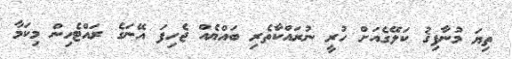
ތިޔަ މުނާފިޤު ކަލޭގެއަށް ހުރީ ނުރައްކާތެރި ބައްޔެއް ޖެހިފަ އޭނަގެ ރައްޓެހިން މިކަމާ